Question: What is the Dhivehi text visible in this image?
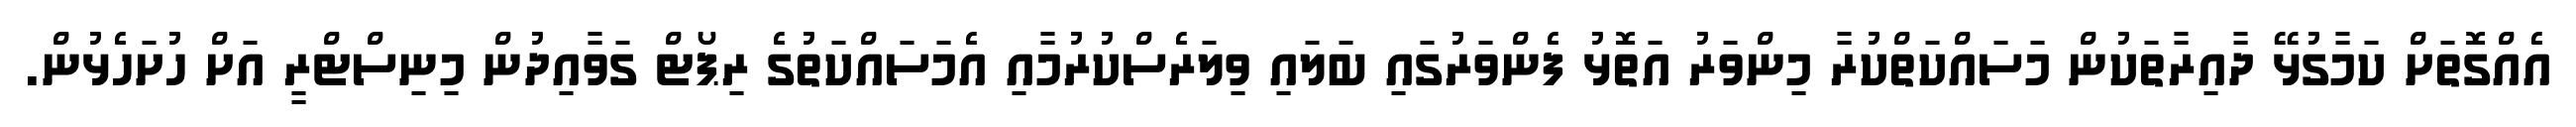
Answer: އެއްގޮތަށް ކަމާގުޅޭ ދާއިރާތަކުން މަސައްކަތްކުރާ މިންވަރު އަތޮޅު ފެންވަރުގައި ބަލައި ވިލަރެސްކުރުމާއި އެމަސައްކަތުގެ ރިޕޯޓް ގަވާއިދުން މިނިސްޓްރީ އަށް ހުށަހެޅުން.